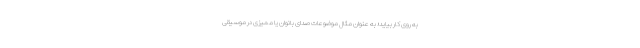
به روی کار بیاید؛ به عنوان مثال موضوعات صدای بانوان یا ممیزی در موسیقی